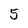
Character: 5